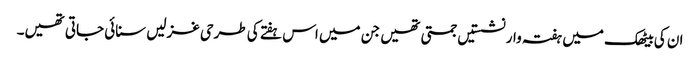
ان کی بیٹھک میں ہفتہ وار نشستیں جمتی تھیں جن میں اس ہفتے کی طرحی غزلیں سنائی جاتی تھیں۔